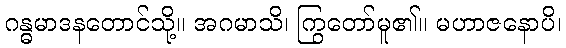
ဂန္ဓမာဒနတောင်သို့။ အဂမာသိ၊ ကြွတော်မူ၏။ မဟာဇနောပိ၊